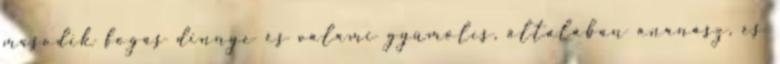
második fogás dinnye és valami gyümölcs, általában ananász, és